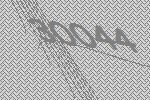
30044